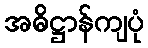
အဓိဋ္ဌာန်ကျပုံ